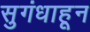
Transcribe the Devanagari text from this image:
सुगंधाहून